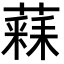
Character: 𮑧